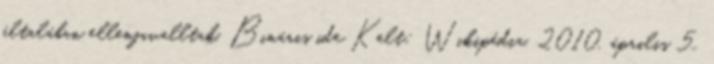
általában ellenjavalltak. Bináris ide Kelt: Wikipédia, 2010. április 5.,